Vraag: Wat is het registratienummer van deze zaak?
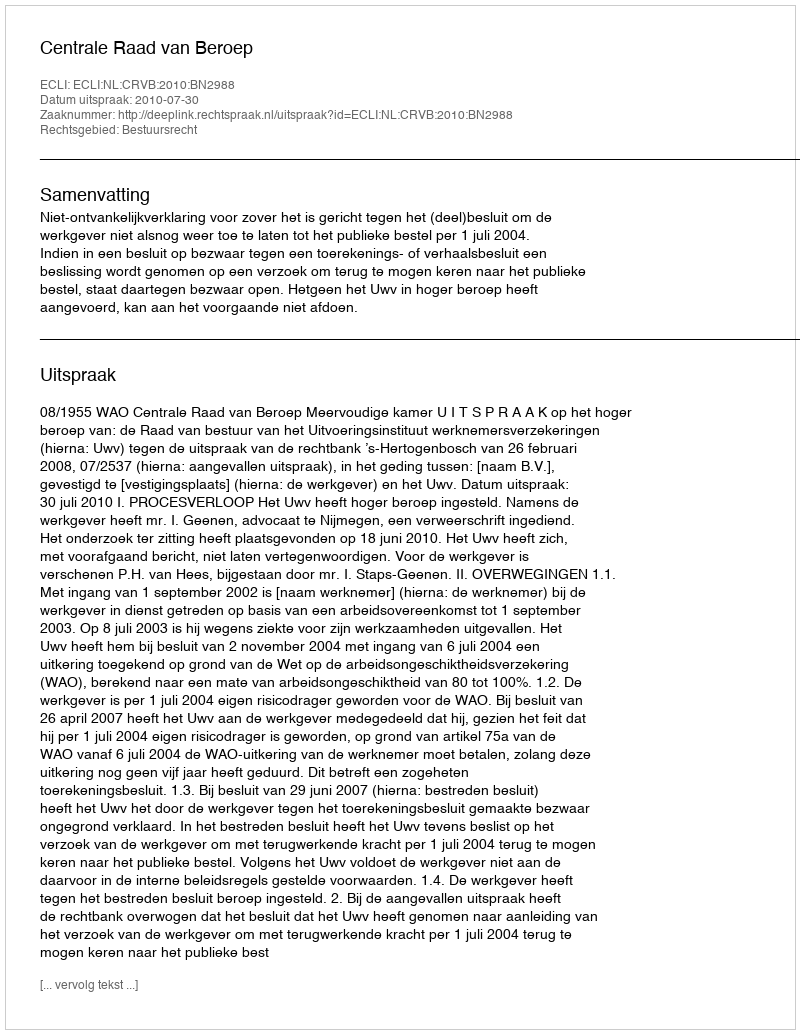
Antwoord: http://deeplink.rechtspraak.nl/uitspraak?id=ECLI:NL:CRVB:2010:BN2988